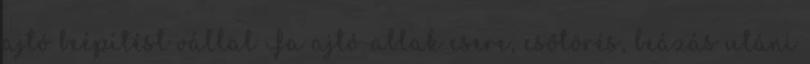
ajtó beépítést vállal Fa ajtó-ablak csere, csőtörés, beázás utáni